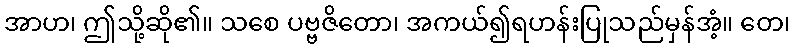
အာဟ၊ ဤသို့ဆို၏။ သစေ ပဗ္ဗဇိတော၊ အကယ်၍ရဟန်းပြုသည်မှန်အံ့။ တေ၊